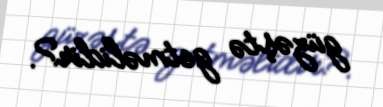
güzəştə getməlidir?.